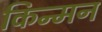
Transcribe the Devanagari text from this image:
किन्मन